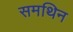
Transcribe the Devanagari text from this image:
समथिन